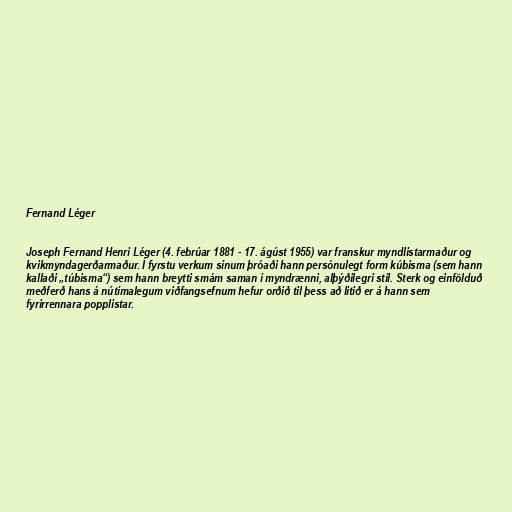
Fernand Léger

Joseph Fernand Henri Léger (4. febrúar 1881 - 17. ágúst 1955) var franskur myndlistarmaður og
kvikmyndagerðarmaður. Í fyrstu verkum sínum þróaði hann persónulegt form kúbisma (sem hann
kallaði „túbisma“) sem hann breytti smám saman í myndrænni, alþýðilegri stíl. Sterk og einfölduð
meðferð hans á nútímalegum viðfangsefnum hefur orðið til þess að litið er á hann sem
fyrirrennara popplistar.